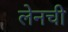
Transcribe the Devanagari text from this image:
लेनची